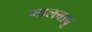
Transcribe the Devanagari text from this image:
मालबाबू